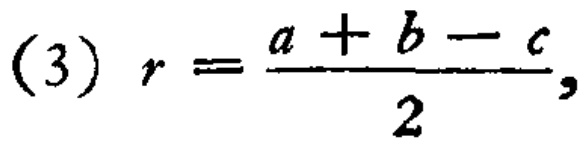
(3) \(r = \frac{a + b - c}{2}\)